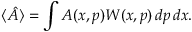
\langle { \hat { A } } \rangle = \int A ( x , p ) W ( x , p ) \, d p \, d x .